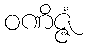
ဝဏိဇ္ဇံ